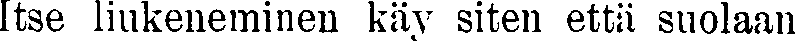
Itse liukeneminen käy siten että suolaan